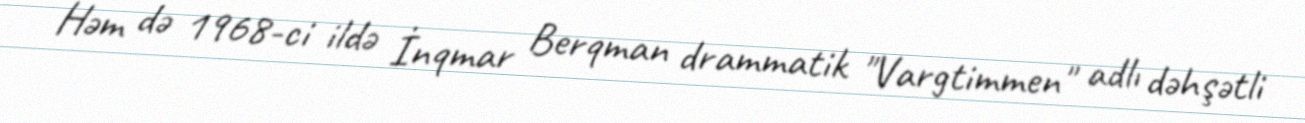
Həm də 1968-ci ildə İnqmar Berqman drammatik "Vargtimmen" adlı dəhşətli